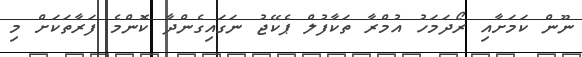
ނޫން ކަމަށާއި ރޯދަމަހު އުމްރާ ތަކާފުލް ޕެކޭޖު ނަގައިގެންދާ ކޮންމެ ފަރާތަކަށް މި